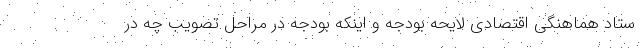
ستاد هماهنگی اقتصادی لایحه بودجه و اینکه بودجه در مراحل تصویب چه در